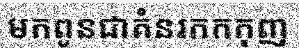
មកពូនជាគំនរកកកុញ